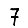
Digit: 7